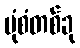
ပုံစံတစ်ခု